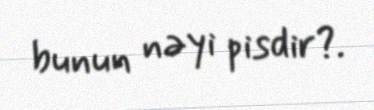
bunun nəyi pisdir?.